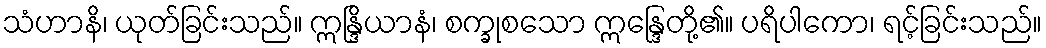
သံဟာနိ၊ ယုတ်ခြင်းသည်။ ဣန္ဒြိယာနံ၊ စက္ခုစသော ဣန္ဒြေတို့၏။ ပရိပါကော၊ ရင့်ခြင်းသည်။